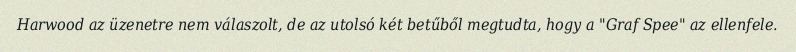
Harwood az üzenetre nem válaszolt, de az utolsó két betűből megtudta, hogy a "Graf Spee" az ellenfele.